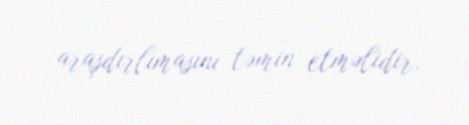
araşdırlımasını təmin etməlidir.